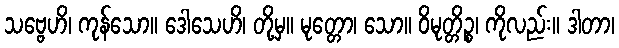
သဗ္ဗေဟိ၊ ကုန်သော။ ဒေါသေဟိ၊ တို့မှ။ မုတ္တော၊ သော။ ဝိမုတ္တိဉ္စ၊ ကိုလည်း။ ဒါတာ၊